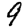
Digit: 9